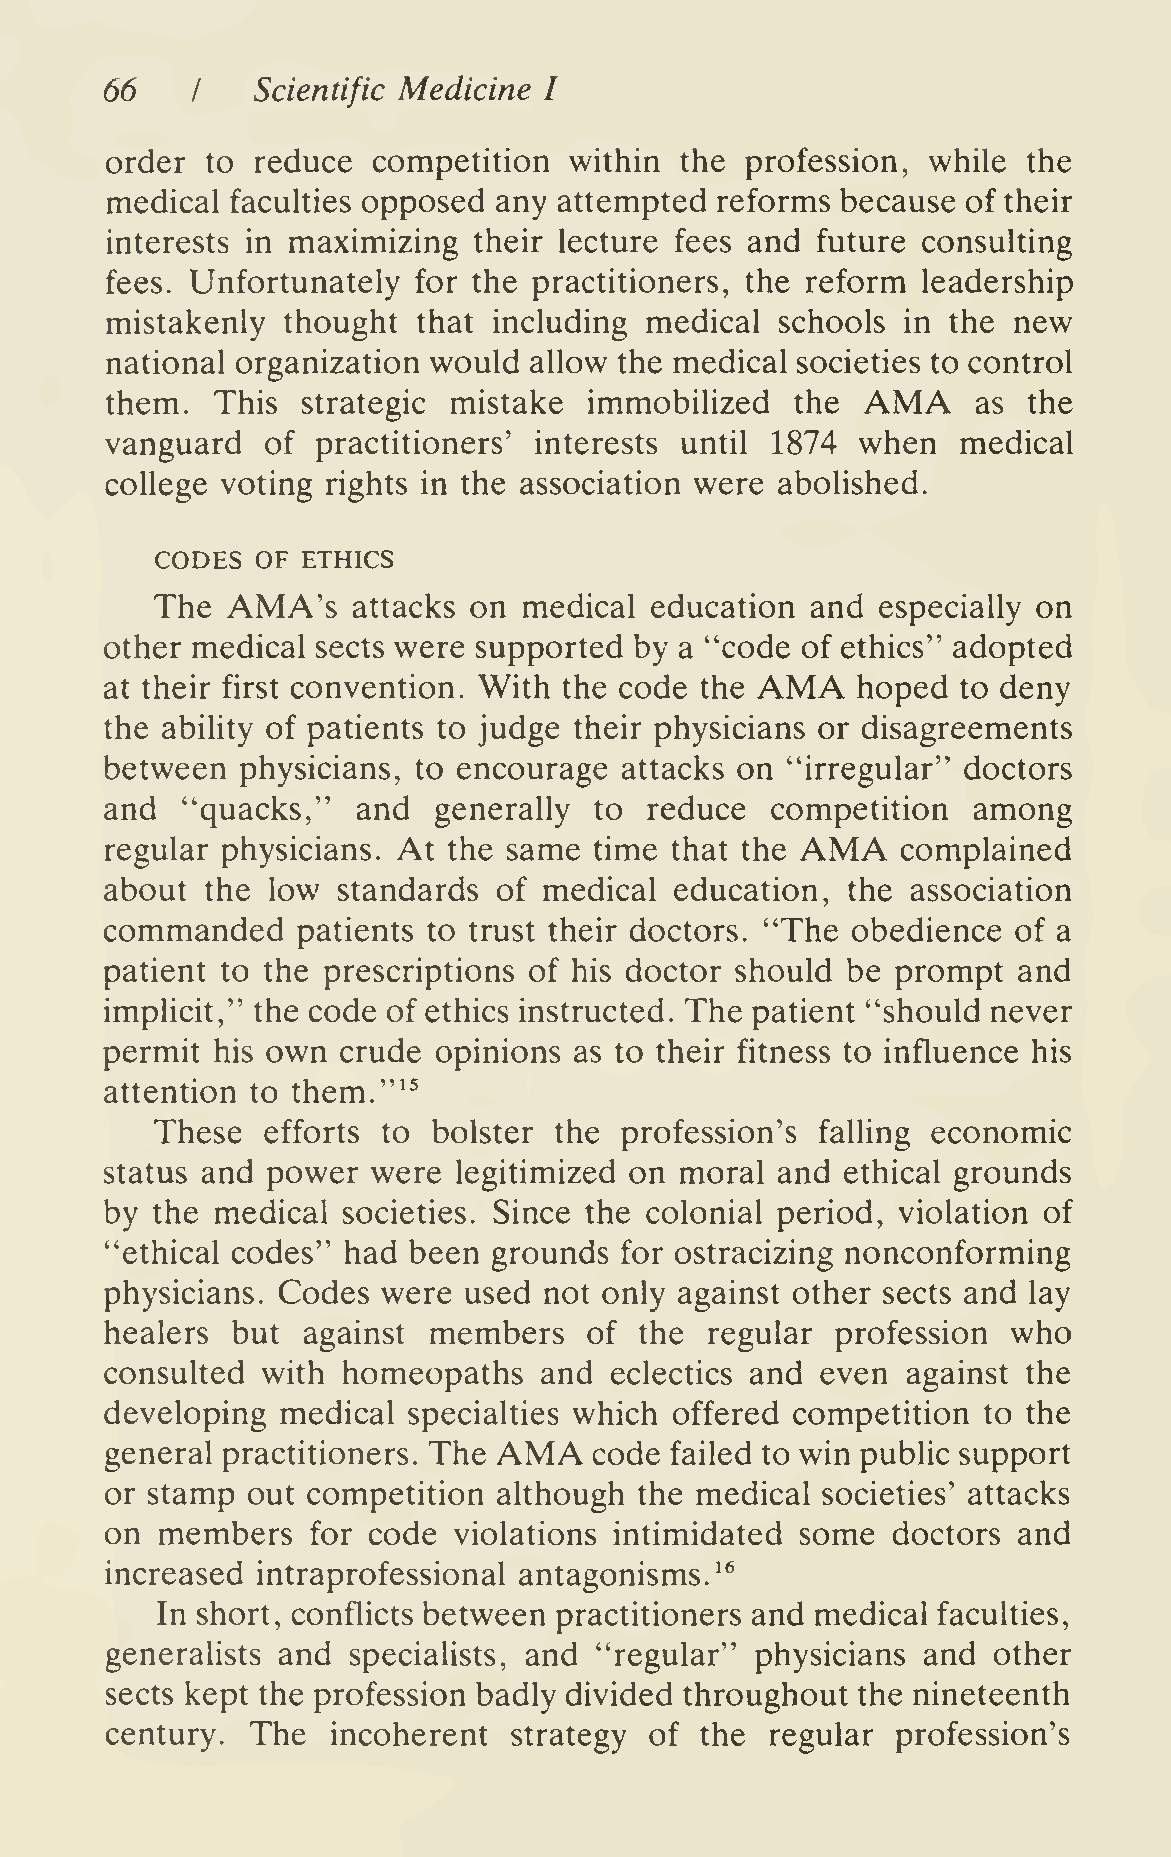
66    I   Scientific Medicine I
 order  to reduce  competition  within the profession, while  the
 medical faculties opposed any attempted reforms  because of their
 interests in maximizing their lecture fees and future consulting
 fees. Unfortunately for the practitioners, the reform leadership
 mistakenly  thought  that including medical  schools in the new
 national organization would allow the medical societies to control
 AMA
 them.  This  strategic mistake  immobilized   the         as the
 vanguard   of practitioners' interests until 1874 when   medical
 college voting rights in the association were abolished.
 CODES  OF ETHICS
 The  AMA's   attacks on  medical education  and especially on
 other medical sects were supported by a "code of ethics" adopted
 AMA
 at their first convention. With the code the      hoped  to deny
 the ability of patients to judge their physicians or disagreements
 between  physicians, to encourage attacks on "irregular" doctors
 and  "quacks,"   and  generally to  reduce  competition  among
 AMA
 regular physicians. At the same time that the        complained
 about  the low standards  of medical  education, the association
 commanded    patients to trust their doctors. "The obedience of a
 patient to the prescriptions of his doctor should be prompt and
 impHcit," the code of ethics instructed. The patient "should never
 permit his own  crude opinions as to their fitness to influence his
 attention to them."^^
 These  efforts to  bolster the profession's falling economic
 status and power  were legitimized on moral and  ethical grounds
 by the medical  societies. Since the colonial period, violation of
 "ethical codes" had been  grounds for ostracizing nonconforming
 physicians. Codes were  used not only against other sects and lay
 healers but  against members    of the  regular profession  who
 consulted with  homeopaths   and eclectics and even  against the
 developing  medical specialties which offered competition to the
 AMA
 general practitioners. The      code failed to win public support
 or stamp out competition  although the medical societies' attacks
 on members    for code violations intimidated some  doctors and
 increased intraprofessional antagonisms.'^
 In short, conflicts between practitioners and medical faculties,
 generalists and specialists, and "regular" physicians and  other
 sects kept the profession badly divided throughout the nineteenth
 century.  The  incoherent  strategy of the  regular profession's